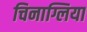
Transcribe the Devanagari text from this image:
चिनाग्लिया